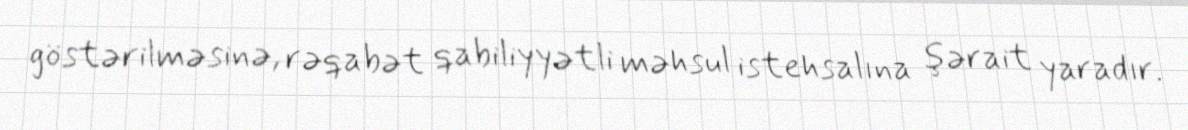
göstərilməsinə, rəqabət qabiliyyətli məhsul istehsalına şərait yaradır.